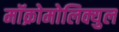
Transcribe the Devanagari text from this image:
मॉक्रोमोलिक्युल